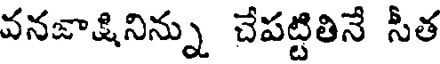
వనజాక్షినిన్ను చేపట్టితినే సీత